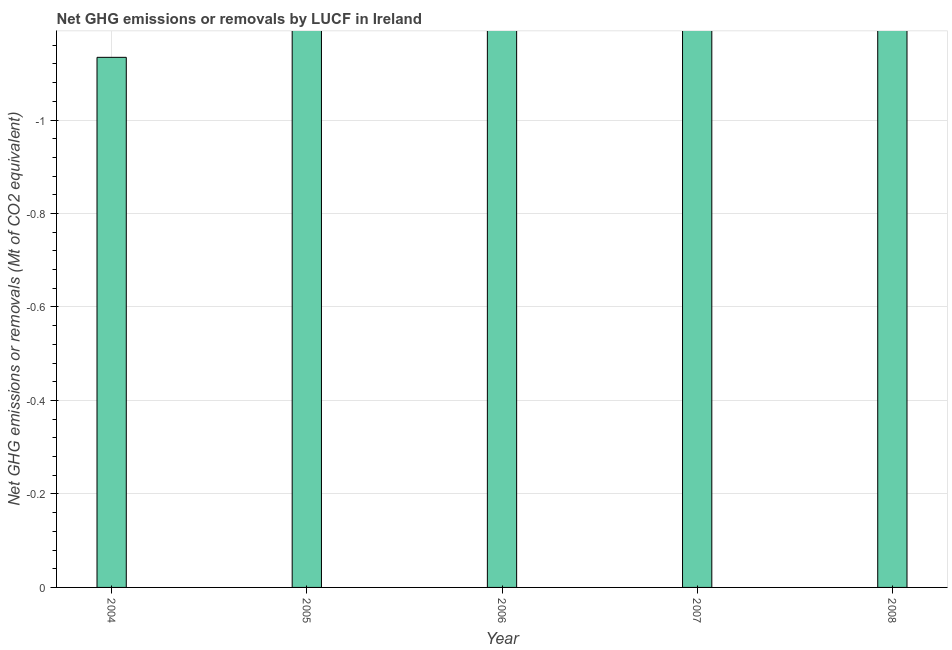
| Year | GHG net emissions or removals |
 | --- | --- |
 | 2004 | -1.13 |
 | 2005 | -1.36 |
 | 2006 | -1.41 |
 | 2007 | -1.87 |
 | 2008 | -2.36 |